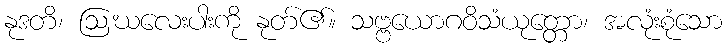
နုဒတိ၊ ဩဃလေးပါးကို နုတ်၏။ သဗ္ဗယောဂဝိသံယုတ္တော၊ အလုံးစုံသော